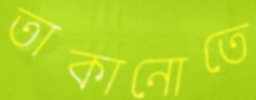
তাকানোতে